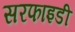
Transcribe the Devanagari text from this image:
सरफाइडी